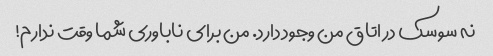
نه سوسک در اتاق من وجود دارد. من برای ناباوری شما وقت ندارم!